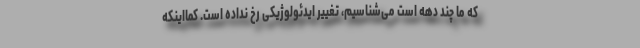
که ما چند دهه است می‌شناسیم، تغییر ایدئولوژیکی رخ نداده است. کمااینکه